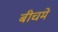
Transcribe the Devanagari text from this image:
बीचमे